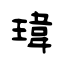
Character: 瑋